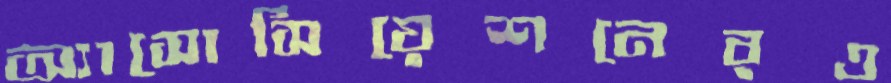
অ্যাসোসিয়েশনেরও